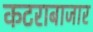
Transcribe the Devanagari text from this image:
कटराबाजार